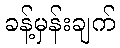
ခန့်မှန်းချက်